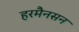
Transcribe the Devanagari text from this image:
हरमैनसन